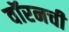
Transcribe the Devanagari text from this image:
वॉरनची